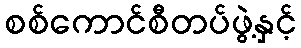
စစ်ကောင်စီတပ်ဖွဲ့နှင့်